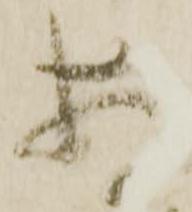
存